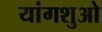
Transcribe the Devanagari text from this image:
यांगशुओ